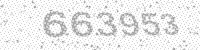
Solution: 663953